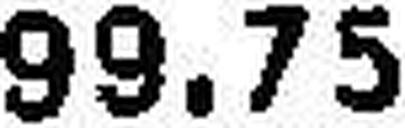
99.75